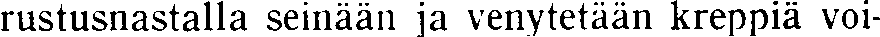
rustusnastalla seinään ja venytetään kreppiä voi-